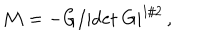
LaTeX: { \cal M } = - G / | \mathrm { d e t } \ G | ^ { 1 / 2 } \, ,